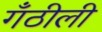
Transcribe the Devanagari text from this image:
गँठीली